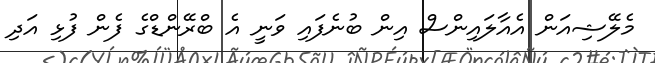
މެލޭޝިއަން އެއާލައިންސް އިން ބުނެފައި ވަނީ އެ ބްރޭންޑްގެ ފެން ފުޅި އަދި